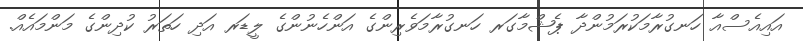
އައިއެސްއާ ހަނގުރާމަކުރަމުންދާ ޕެޝްމާގަރ ހަނގުރާމަވެރިންގެ އަންހެނުންގެ ލީޑަރ އަދި ހަތަރު ކުދިންގެ މަންމައެއް.